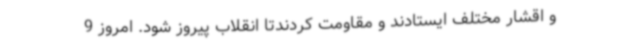
و اقشار مختلف ایستادند و مقاومت کردندتا انقلاب پیروز شود. امروز 9